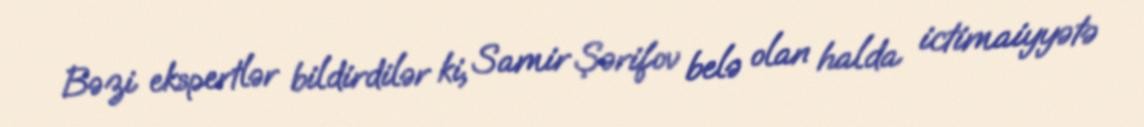
Bəzi ekspertlər bildirdilər ki, Samir Şərifov belə olan halda ictimaiyyətə